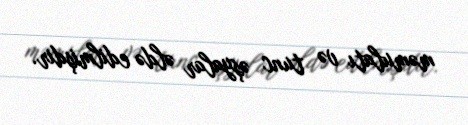
məmulatı və tunc əşyalar əldə edilmişdir.